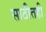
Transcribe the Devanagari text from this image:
साठीतही